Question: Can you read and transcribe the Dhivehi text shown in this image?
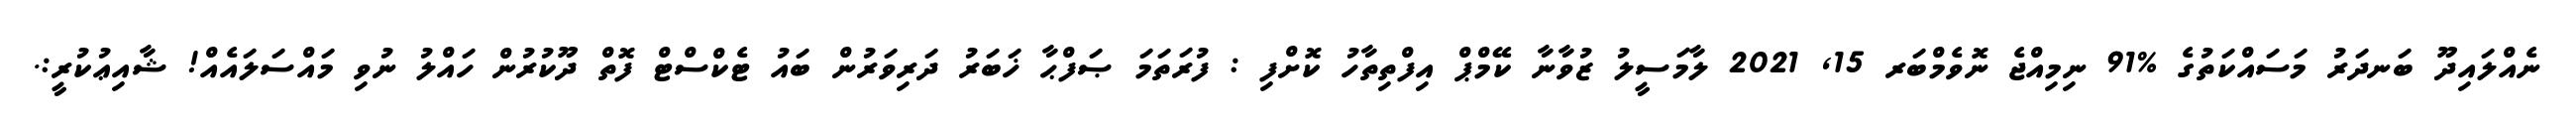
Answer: ނެއްލައިދޫ ބަނދަރު މަސައްކަތުގެ %91 ނިމިއްޖެ ނޮވެމްބަރ 15, 2021 ލާމަސީލު ޒުވާނާ ކޭމްޕް އިފްތިތާހު ކޮށްފި : ފުރަތަމަ ޞަފްޙާ ޚަބަރު ދަރިވަރުން ބައު ޓެކްސްޓް ފޮތް ދޫކުރުން ހައްލު ނުވި މައްސަލައެއް! ޝާއިޢުކުރީ:.